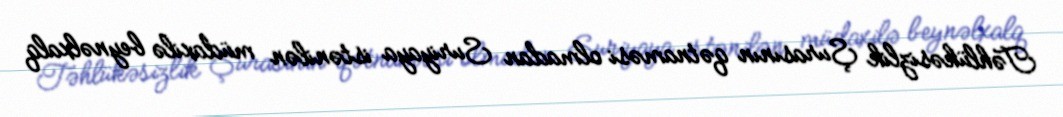
Təhlükəsizlik Şurasının qətnaməsi olmadan Suriyaya istənilən müdaxilə beynəlxalq